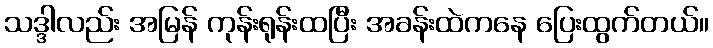
သဒ္ဒါလည်း အမြန် ကုန်းရုန်းထပြီး အခန်းထဲကနေ ပြေးထွက်တယ်။